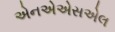
એનએએસએલ